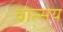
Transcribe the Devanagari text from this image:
वात्सय